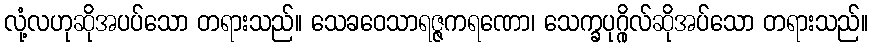
လုံ့လဟုဆိုအပပ်သော တရားသည်။ သေခဝေသာရဇ္ဇကရဏော၊ သေက္ခပုဂ္ဂိုလ်ဆိုအပ်သော တရားသည်။